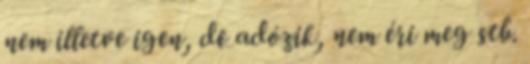
nem illetve igen, de adózik, nem éri meg stb.